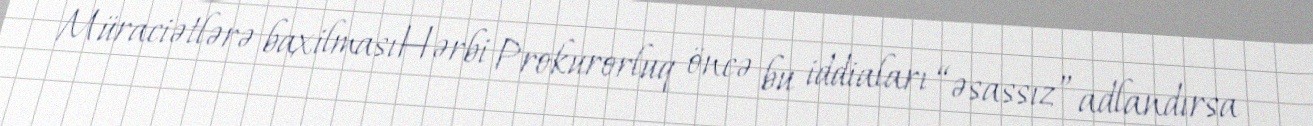
Müraciətlərə baxilmasıHərbi Prokurorluq öncə bu iddiaları “əsassız” adlandırsa